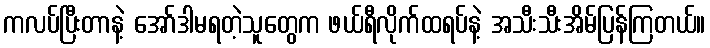
ကလပ်ပြီးတာနဲ့ အော်ဒါမရတဲ့သူတွေက ဖယ်ရီလိုက်ထရပ်နဲ့ အသီးသီးအိမ်ပြန်ကြတယ်။